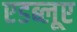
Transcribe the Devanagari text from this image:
एडब्लूए